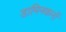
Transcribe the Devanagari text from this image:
डामिनकनों